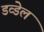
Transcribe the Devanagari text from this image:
डव्डेल